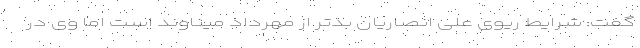
گفت: شرایط ریوی علی انصاریان بدتر از مهرداد میناوند است اما وی در